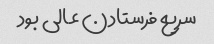
سریع فرستادن عالی بود